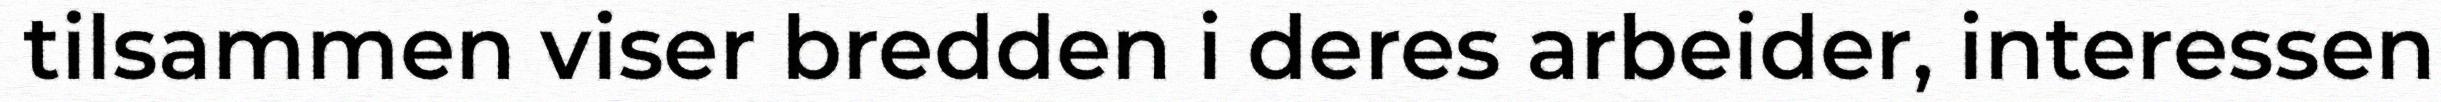
tilsammen viser bredden i deres arbeider, interessen